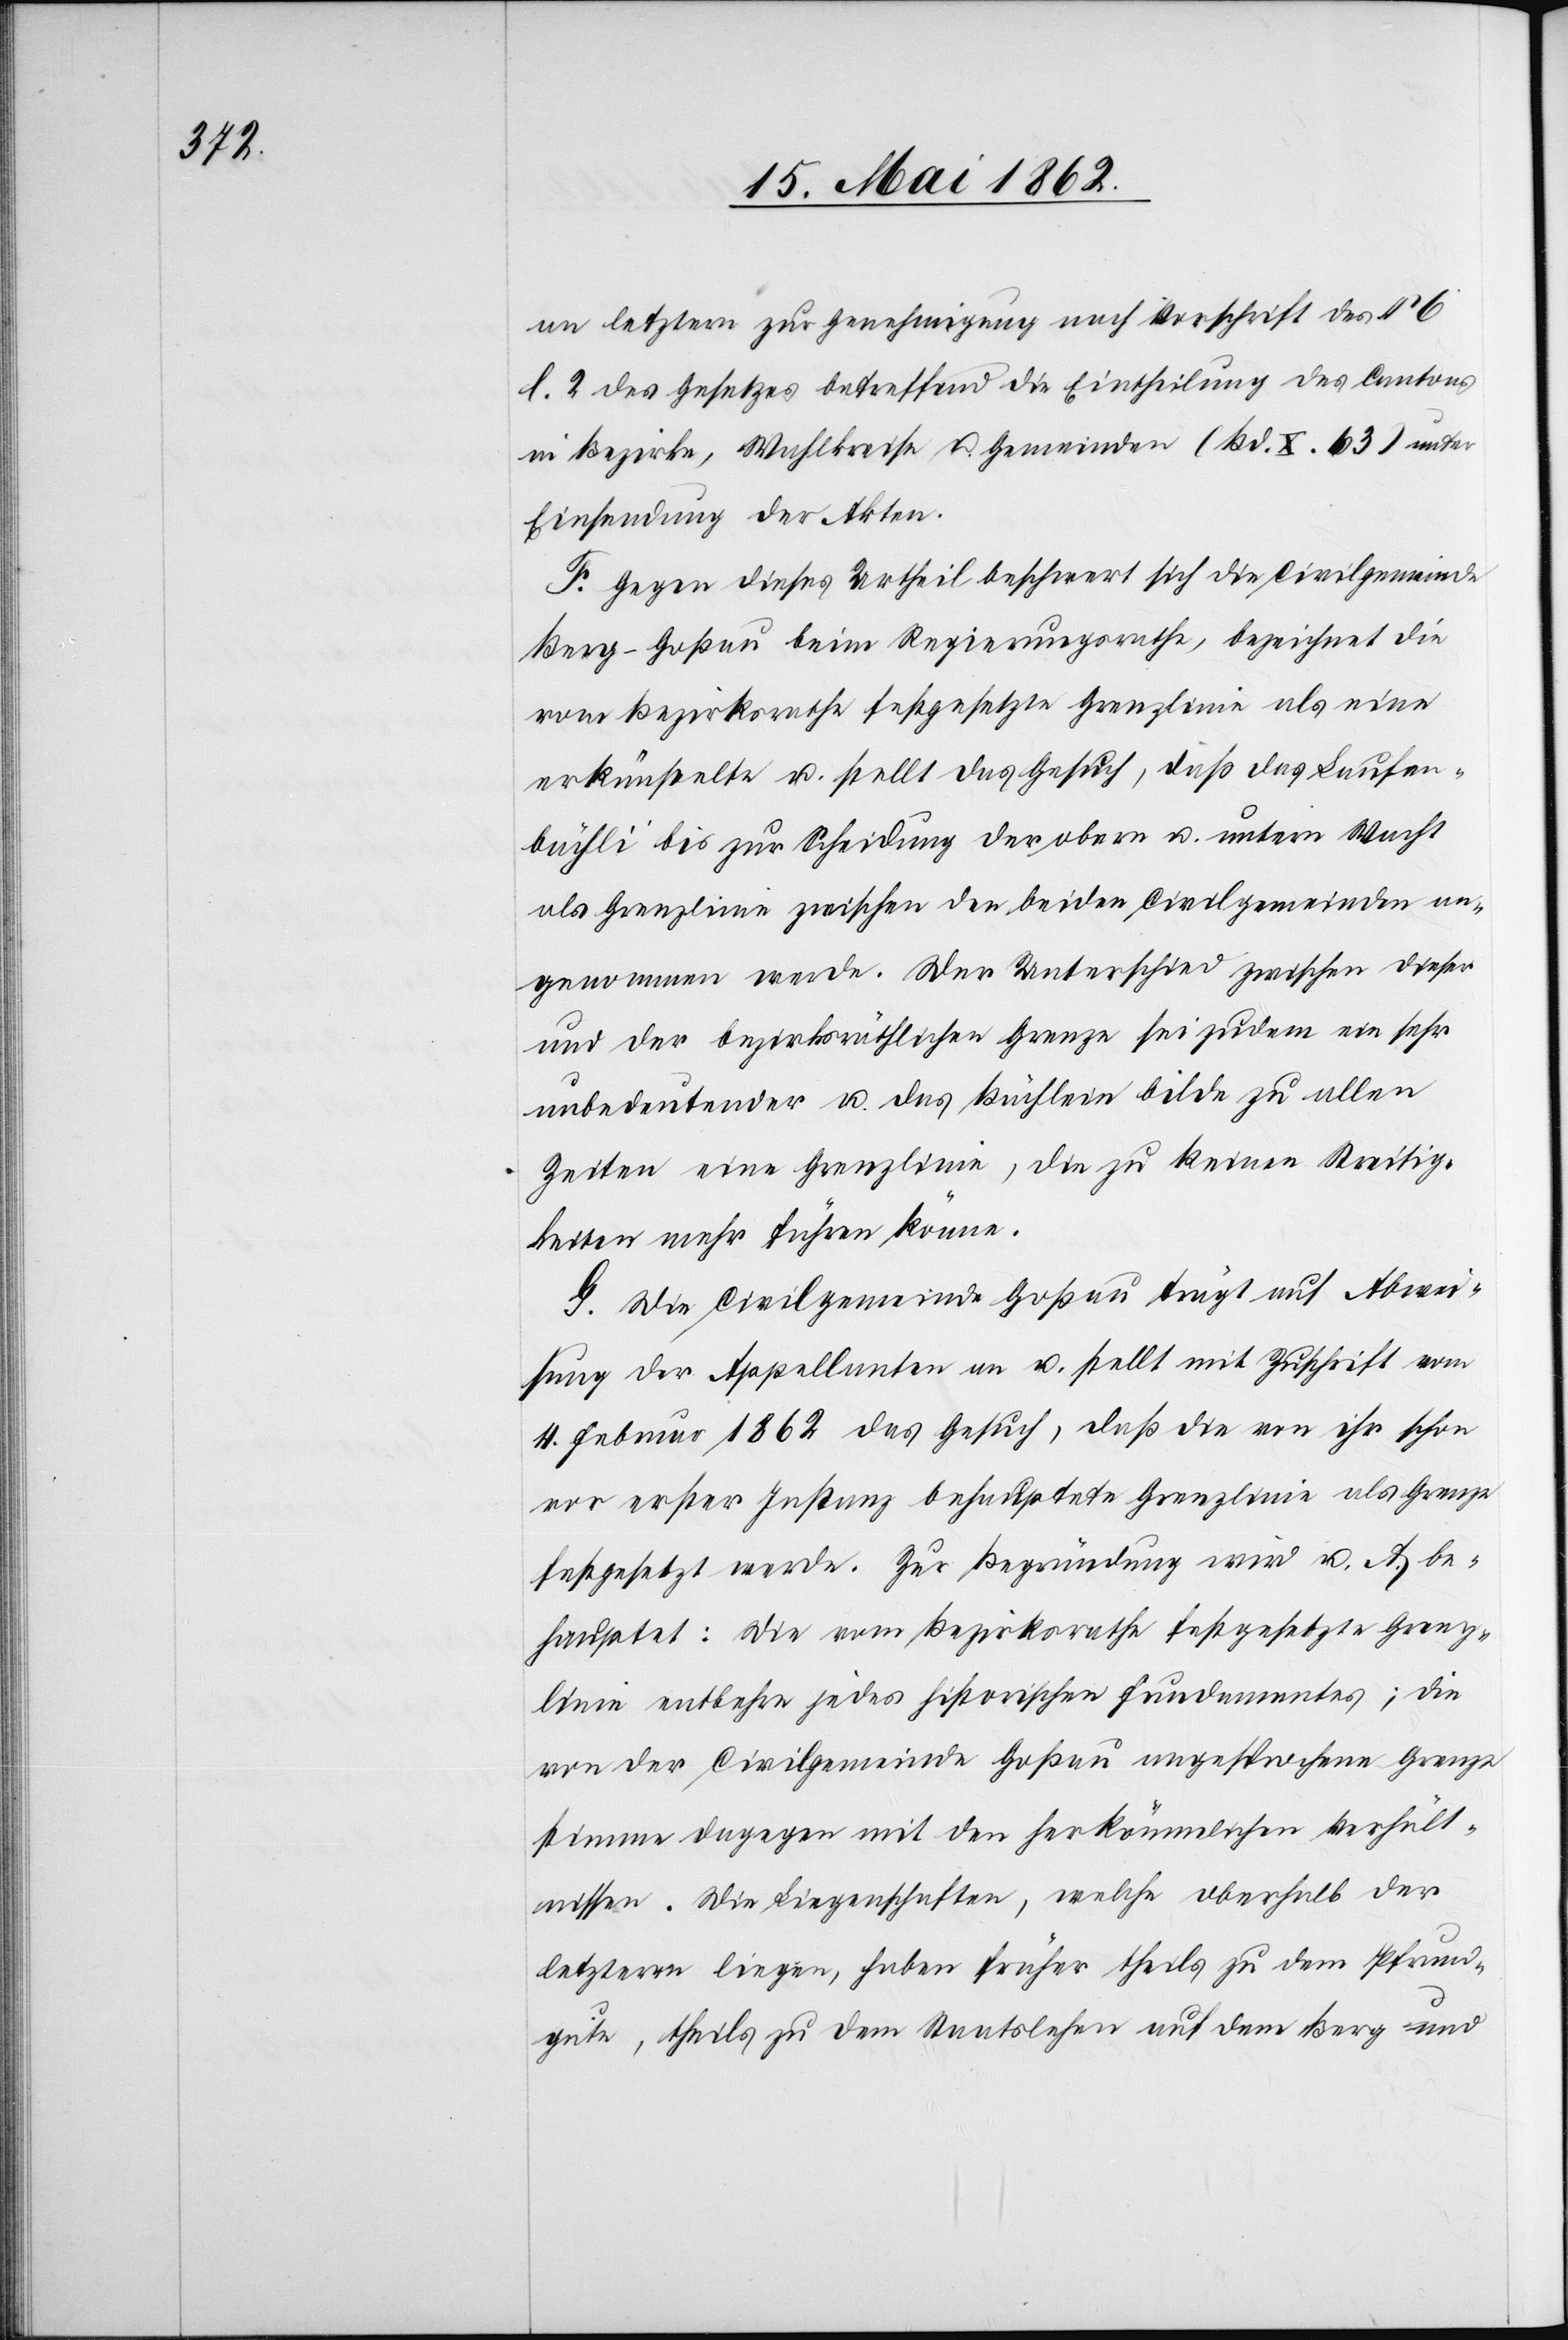
an letztern zur Genehmigung nach Vorschrift des § 6
l. 2 des Gesetzes betreffend die Eintheilung des Cantons
in Bezirke, Wahlkreise u. Gemeinden (Bd. X. 63) unter
Einsendung der Akten.
F. Gegen dieses Urtheil beschwert sich die Civilgemeinde
Berg-Goßau beim Regierungsrathe, bezeichnet die
vom Bezirksrathe festgesetzte Grenzlinie als eine
erkünstelte u. stellt das Gesuch, daß das Laufen¬
bächli bis zur Scheidung der obern u. unterm Wacht
als Grenzlinie zwischen den beiden Civilgemeinden an¬
genommen werde. Der Unterscheid zwischen dieser
und der bezirksräthlichen Grenze sei zudem ein sehr
unbedeutender u. das Büchlein bilde zu allen
Zeiten eine Grenzlinie, die zu keinen Streitig¬
keiten mehr führen könne.
G. Die Civilgemeinde Goßau trägt auf Abwei¬
sung der Appellanten an u. stellt mit Zuschrift vom
4. Februar 1862 das Gesuch, daß die von ihr schon
vor erster Instanz behauptete Grenzlinie als Grenze
festgesetzt werde. Zur Begründung wird u. A. be¬
hauptet: Die vom Bezirksrathe festgesetzte Grenz¬
linie entbehre jedes historischen Fundamentes; die
von der Civilgemeinde Goßau angesprochene Grenze
stimme dagegen mit den herkömmlichen Verhält¬
nissen. Die Liegenschaften, welche oberhalb der
letzteren liegen, haben früher theils zu dem Pfrund¬
gute, theils zu dem Staatslehen auf dem Berg und